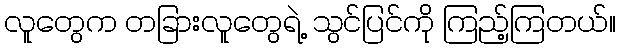
လူတွေက တခြားလူတွေရဲ့ သွင်ပြင်ကို ကြည့်ကြတယ်။